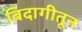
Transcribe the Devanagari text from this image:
बिदागीतून